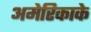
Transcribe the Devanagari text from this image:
अमेरिकाके